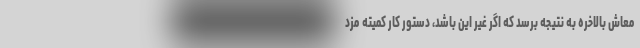
معاش بالاخره به نتیجه برسد که اگر غیر این باشد، دستور کار کمیته مزد